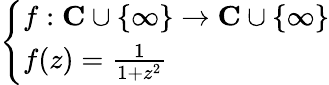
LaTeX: \left\{ \begin{array}{ll}{f:\mathbf{C}\cup\{ \infty\} \to\mathbf{C}\cup\{ \infty\} }\\ {f(z)={\frac{1}{1+z^{2}}}}\end{array}\right.